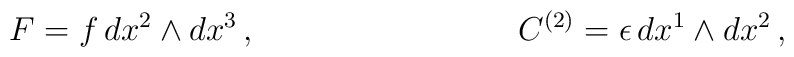
F=f\,dx^{2}\wedge dx^{3}\,,\ \ \ \ \ \ \ \ \ \ \ \ \ \ \ \ \ \ \ \ \ \ \ \ \\ \ C^{\left( 2\right) }=\epsilon \,dx^{1}\wedge dx^{2}\,,